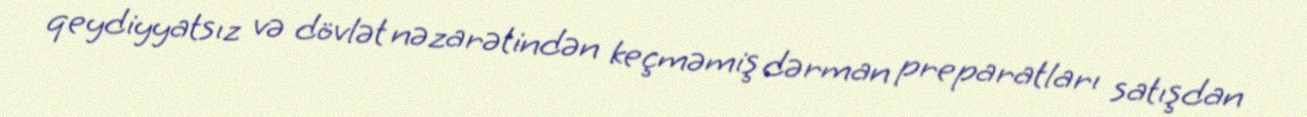
qeydiyyatsız və dövlət nəzarətindən keçməmiş dərman preparatları satışdan